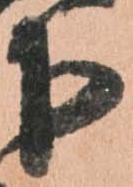
下